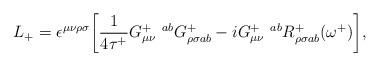
LaTeX: \begin{align*}L_+ = \epsilon^{\mu\nu\rho\sigma} \bigg[ \frac{1}{4\tau^+} G^{+~~ab}_{\mu\nu}G^+_{\rho\sigma ab} -i G^{+~~ab}_{\mu\nu} R^+_{\rho\sigma ab}(\omega^+) \bigg],\end{align*}